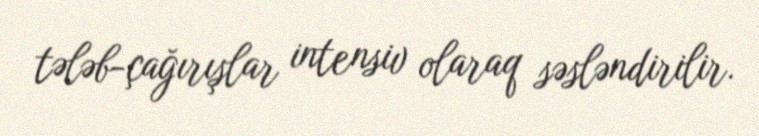
tələb-çağırışlar intensiv olaraq səsləndirilir.